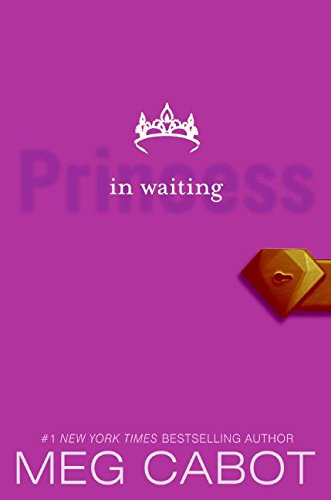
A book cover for The Princess Diaries, Volume IV: Princess in Waiting; Meg Cabot; Teen & Young Adult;